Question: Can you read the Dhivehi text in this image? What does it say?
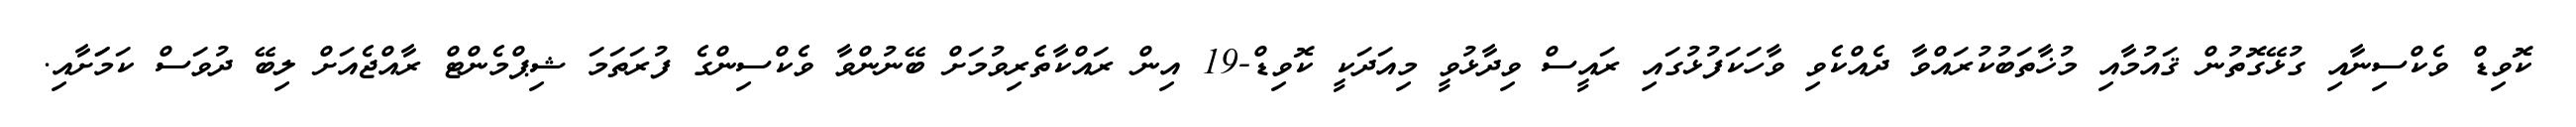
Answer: ކޮވިޑް ވެކްސިނާއި ގުޅޭގޮތުން ޤައުމާއި މުޚާތަބުކުރައްވާ ދެއްކެވި ވާހަކަފުޅުގައި ރައީސް ވިދާޅުވީ މިއަދަކީ ކޮވިޑް-19 އިން ރައްކާތެރިވުމަށް ބޭނުންވާ ވެކްސިންގެ ފުރަތަމަ ޝިޕްމެންޓް ރާއްޖެއަށް ލިބޭ ދުވަސް ކަމަަށާއި.